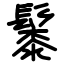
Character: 䰍